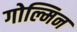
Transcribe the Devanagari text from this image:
गोल्मिन